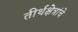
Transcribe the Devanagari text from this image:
तीर्थक्षेत्रांचे